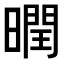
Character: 𣋆